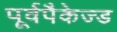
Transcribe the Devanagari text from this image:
पूर्वपैकेज्ड